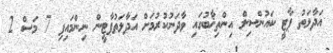
އަދާލަތު ޕާޓީ ކައުންސިލް އިންތިޚާބުގައި ވާދަނުކުރުމަށް އަދާލަތުޕާޓީން ނިންމައިފި 7 މަސް 2